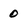
Character: 0